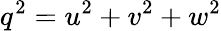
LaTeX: q^{2}=u^{2}+v^{2}+w^{2}